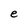
Character: e